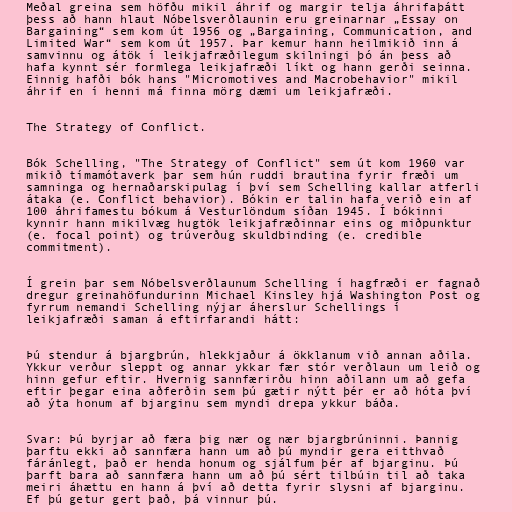
Meðal greina sem höfðu mikil áhrif og margir telja áhrifaþátt
þess að hann hlaut Nóbelsverðlaunin eru greinarnar „Essay on
Bargaining“ sem kom út 1956 og „Bargaining, Communication, and
Limited War“ sem kom út 1957. Þar kemur hann heilmikið inn á
samvinnu og átök í leikjafræðilegum skilningi þó án þess að
hafa kynnt sér formlega leikjafræði líkt og hann gerði seinna.
Einnig hafði bók hans "Micromotives and Macrobehavior" mikil
áhrif en í henni má finna mörg dæmi um leikjafræði.

The Strategy of Conflict.

Bók Schelling, "The Strategy of Conflict" sem út kom 1960 var
mikið tímamótaverk þar sem hún ruddi brautina fyrir fræði um
samninga og hernaðarskipulag í því sem Schelling kallar atferli
átaka (e. Conflict behavior). Bókin er talin hafa verið ein af
100 áhrifamestu bókum á Vesturlöndum síðan 1945. Í bókinni
kynnir hann mikilvæg hugtök leikjafræðinnar eins og miðpunktur
(e. focal point) og trúverðug skuldbinding (e. credible
commitment).

Í grein þar sem Nóbelsverðlaunum Schelling í hagfræði er fagnað
dregur greinahöfundurinn Michael Kinsley hjá Washington Post og
fyrrum nemandi Schelling nýjar áherslur Schellings í
leikjafræði saman á eftirfarandi hátt:

Þú stendur á bjargbrún, hlekkjaður á ökklanum við annan aðila.
Ykkur verður sleppt og annar ykkar fær stór verðlaun um leið og
hinn gefur eftir. Hvernig sannfærirðu hinn aðilann um að gefa
eftir þegar eina aðferðin sem þú gætir nýtt þér er að hóta því
að ýta honum af bjarginu sem myndi drepa ykkur báða.

Svar: Þú byrjar að færa þig nær og nær bjargbrúninni. Þannig
þarftu ekki að sannfæra hann um að þú myndir gera eitthvað
fáránlegt, það er henda honum og sjálfum þér af bjarginu. Þú
þarft bara að sannfæra hann um að þú sért tilbúin til að taka
meiri áhættu en hann á því að detta fyrir slysni af bjarginu.
Ef þú getur gert það, þá vinnur þú.